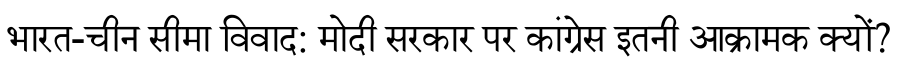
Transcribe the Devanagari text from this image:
भारत-चीन सीमा विवाद: मोदी सरकार पर कांग्रेस इतनी आक्रामक क्यों?